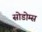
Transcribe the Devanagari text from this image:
सोडोम्स